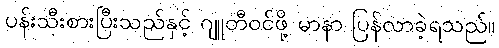
ပန်းသီးစားပြီးသည်နှင့် ဂျူတီဝင်ဖို့ မာနာ ပြန်လာခဲ့ရသည်။